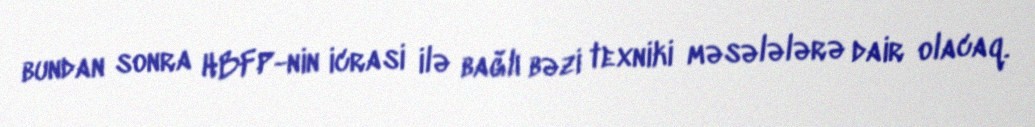
bundan sonra HBFP-nin icrasi ilə bağlı bəzi texniki məsələlərə dair olacaq.